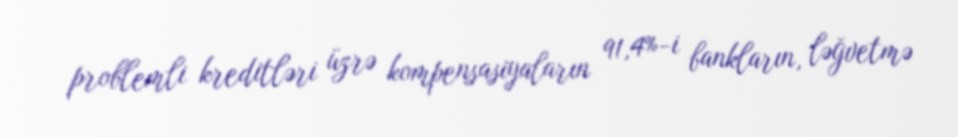
problemli kreditləri üzrə kompensasiyaların 91,4%-i bankların, ləğvetmə